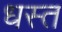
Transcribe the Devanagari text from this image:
धस्त